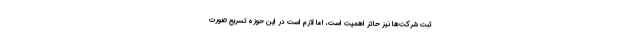
ثبت شرکت‌ها نیز حائز اهمیت است، اما لازم است در این حوزه تسریع صورت